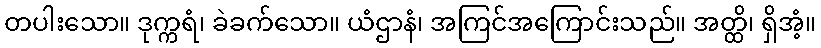
တပါးသော။ ဒုက္ကရံ၊ ခဲခက်သော။ ယံဌာနံ၊ အကြင်အကြောင်းသည်။ အတ္ထိ၊ ရှိအံ့။